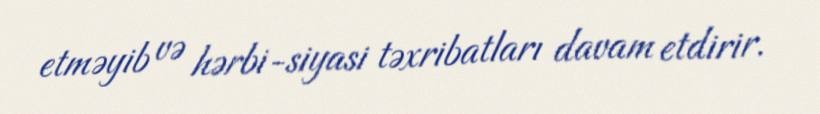
etməyib və hərbi-siyasi təxribatları davam etdirir.